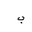
Letter: _ba